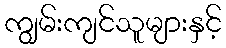
ကျွမ်းကျင်သူများနှင့်